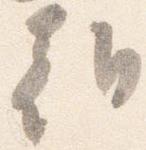
朝